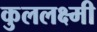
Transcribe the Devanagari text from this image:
कुललक्ष्मी